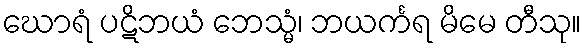
ဃောရံ ပဋိဘယံ ဘေသ္မံ၊ ဘယင်္ကရ မိမေ တီသု။